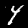
Label: 4